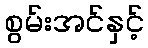
စွမ်းအင်နှင့်